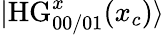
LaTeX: |\mathrm{HG}_{00/01}^{x}(x_{c})\rangle